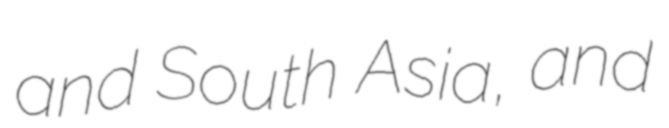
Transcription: and South Asia, and